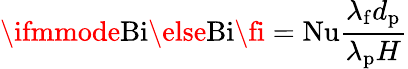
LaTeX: \ifmmode\mathrm{Bi}\else\mathrm{Bi}\fi=\mathrm{Nu}\frac{\lambda_{\mathrm{f}}d_{\mathrm{p}}}{\lambda_{\mathrm{p}}H}